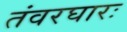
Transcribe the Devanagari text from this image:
तंवरघारः